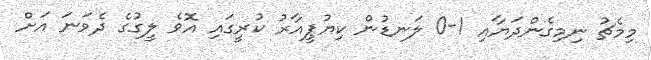
މިމެޗު ނިމިގެންދަޔާއި 1-0 ލަނޑުން ކިޔުޕީއާރު ކުރީގައި އޮވެ ލީގުގެ ދެވަނަ އަށް